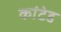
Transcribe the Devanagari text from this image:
कांटेड